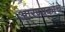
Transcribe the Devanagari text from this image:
आरण्यकांचे